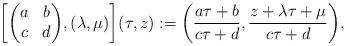
LaTeX: \begin{align*}\bigg[\bigg(\begin{matrix}a&b\\c&d\end{matrix}\bigg),(\lambda,\mu)\bigg](\tau,z):=\bigg(\frac{a\tau+b}{c\tau+d},\frac{z+\lambda\tau+\mu}{c\tau+d}\bigg),\end{align*}